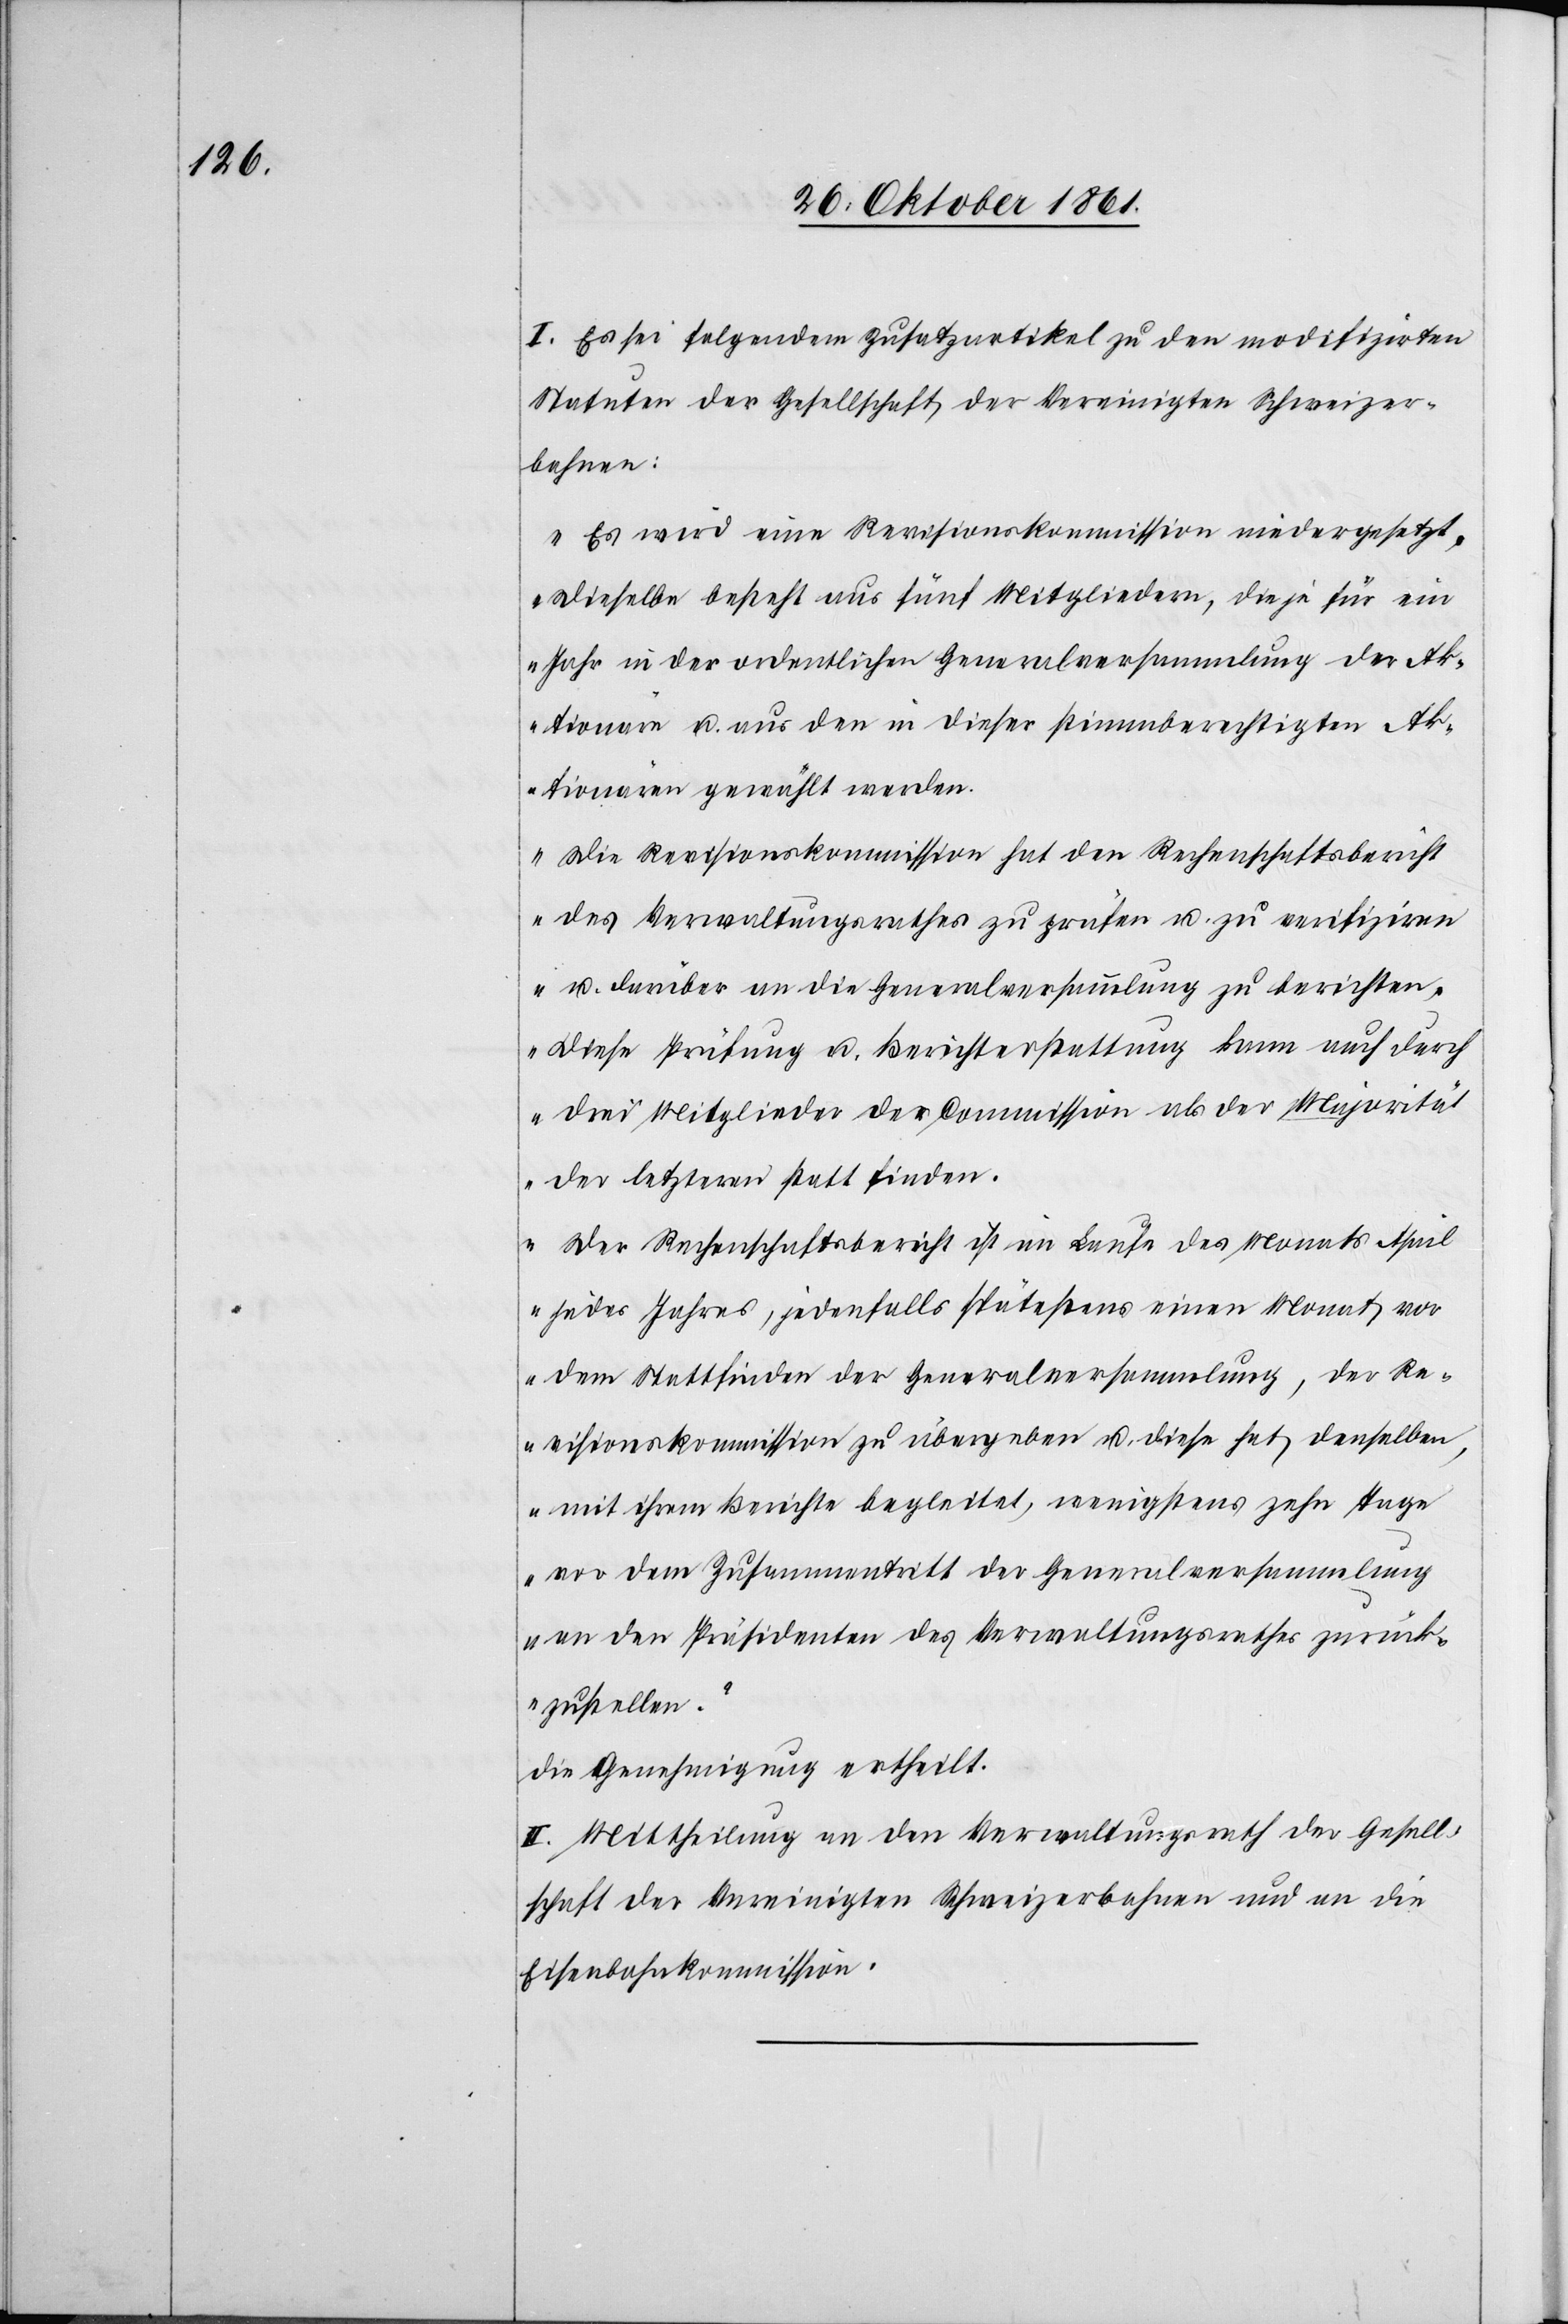
I. Es sei folgendem Zusatzartikel zu den modifizirten
Statuten der Gesellschaft der Vereinigten Schweizer¬
bahnen:
„Es wird eine Revisionskommission niedergesetzt,
dieselbe besteht aus fünf Mitgliedern, die je für ein
Jahr in der ordentlichen Generalversammlung der Ak¬
tionäre u. aus den in dieser stimmberechtigten Ak¬
tionären gewählt werden.
Die Revisionskommission hat den Rechenschaftsbericht
des Verwaltungsrathes zu prüfen u. zu verifiziren
u. darüber an die Generalversammlung zu berichten.
Diese Prüfung u. Berichterstattung kann auch durch
drei Mitglieder der Commission als der Majorität
der letztern statt finden.
Der Rechenschaftsbericht ist im Laufe des Monats April
jedes Jahr, jedenfalls spätestens einen Monat vor
dem Stattfinden der Generalversammlung, der Re¬
visionskommission zu übergeben u. diese hat denselben,
mit ihrem Berichte begleitet, wenigstens zehn Tage
vor dem Zusammentritt der Generalversammlung
an den Präsidenten des Verwaltungsrathes zurück¬
zustellen.“
die Genehmigung ertheilt.
II. Mittheilung an den Verwaltungsrath der Gesell¬
schaft der Vereinigten Schweizerbahnen und an die
Eisenbahnkommission.